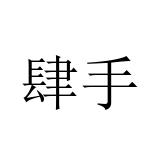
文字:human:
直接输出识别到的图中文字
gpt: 肆手